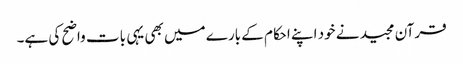
قرآن مجید نے خود اپنے احکام کے بارے میں بھی یہی بات واضح کی ہے۔